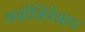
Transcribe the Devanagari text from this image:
असोसियेसाव